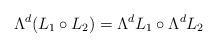
LaTeX: \begin{align*}\Lambda^d(L_1\circ L_2)=\Lambda^dL_1\circ\Lambda^d L_2\end{align*}